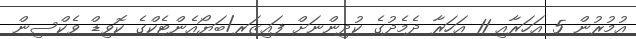
އުމުރުން 5 އަހަރާއި 11 އަހަރާ ދެމެދުގެ ކުދިންނަށް ފައިޒަރ/ބަޔޯއެންޓެކްގެ ކޮވިޑް ވެކްސިން